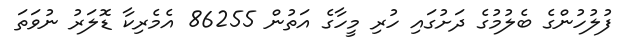
ފުލުހުންގެ ބެލުމުގެ ދަށުގައި ހުރި މީހާގެ އަތުން 86255 އެމެރިކާ ޑޮލަރު ނުވަތަ